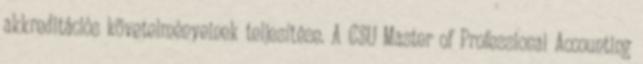
akkreditációs követelményeinek teljesítése. A CSU Master of Professional Accounting